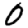
Digit: 0